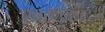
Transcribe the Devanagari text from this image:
स्वरूपानंदजी